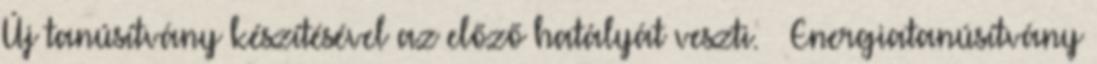
Új tanúsítvány készítésével az előző hatályát veszti. » Energiatanúsítvány